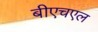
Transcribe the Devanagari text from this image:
बीएचएल